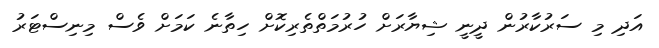
އަދި މި ސަރުކާރުން ދީނީ ޝިޔާރަށް ހުރުމަތްތެރިކޮށް ހިތާނެ ކަމަށް ވެސް މިނިސްޓަރު